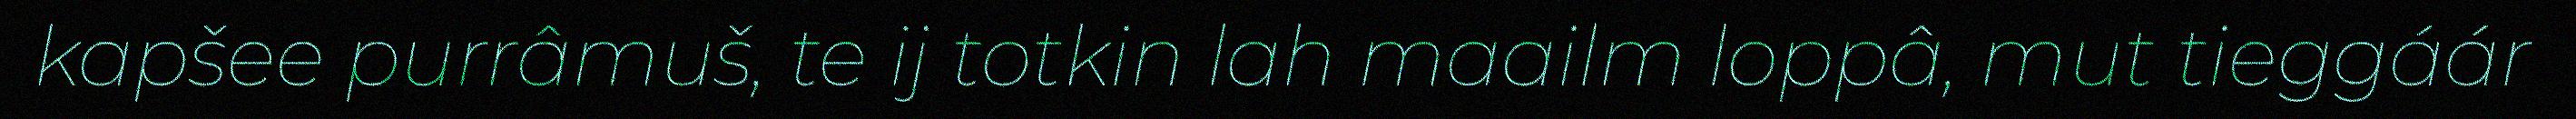
kapšee purrâmuš, te ij totkin lah maailm loppâ, mut tieggáár